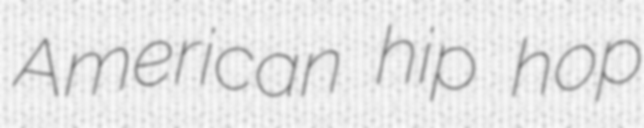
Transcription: American hip hop